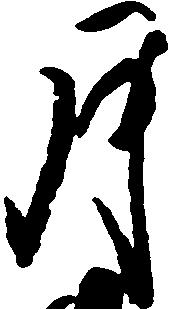
月